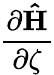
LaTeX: \frac{\partial\mathbf{\hat{H}}}{\partial\zeta}